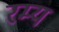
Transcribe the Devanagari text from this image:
रम्‍य